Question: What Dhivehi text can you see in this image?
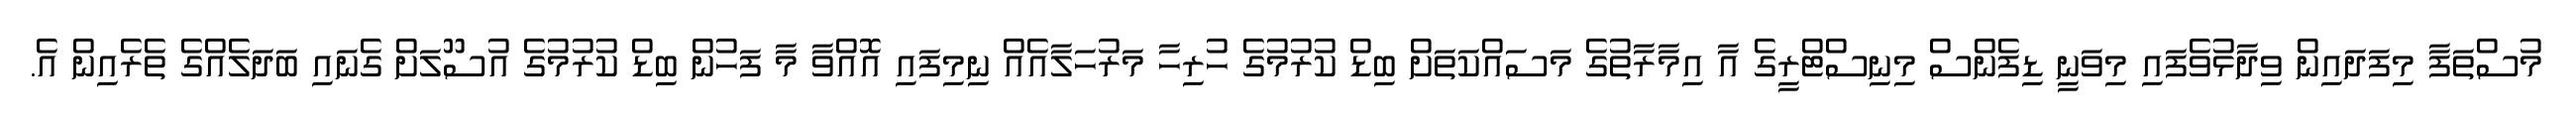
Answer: މުސްތަފާ މިފަދައިން ވިދާޅުވެފައި މިވަނީ ޑިފެންސް މިނިސްޓްރީގެ އާ އިމާރާތުގެ މަސައްކަތަށް ބިޑް ކުރުމުގެ ހުރިހާ މަރުހަލާއެއް ނިމިފައި އޮއްވާ މާ ފަހުން ބިޑް ކުރުމުގެ އުސޫލަށް ގެނައި ބަދަލެއްގެ ތެރެއިން އެ.